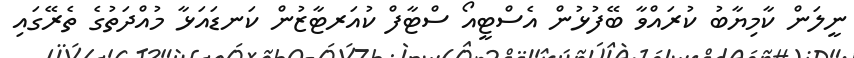
ނީލަން ކާމިޔާބު ކުރައްވާ ބޭފުޅުން އެސްޓީއޯ ސްޓާފް ކުއަރޓާޒުން ކަނޑައަޅާ މުއްދަތުގެ ތެރޭގައި